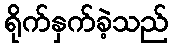
ရိုက်နှက်ခဲ့သည်